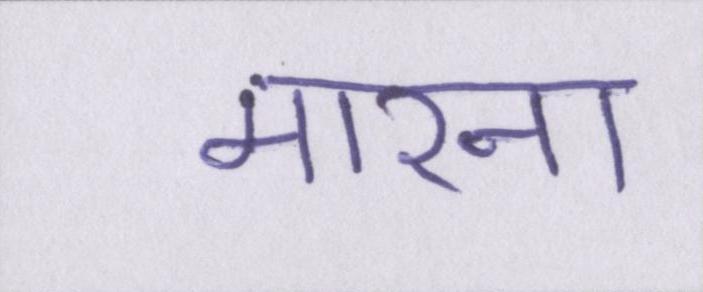
मारना